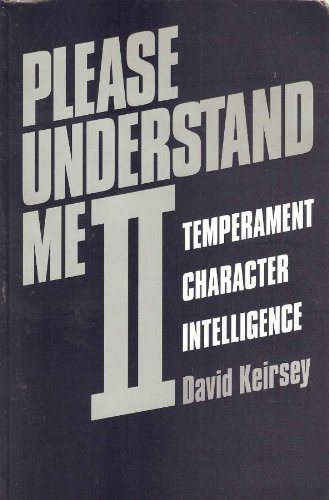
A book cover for Please Understand Me II: Temperament, Character, Intelligence; David Keirsey; Health, Fitness & Dieting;